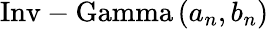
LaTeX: {\mathrm{Inv-Gamma}}\left(a_{n},b_{n}\right)